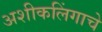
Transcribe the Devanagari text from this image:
अशीकलिंगाचे